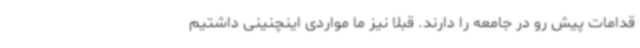
قدامات پیش رو در جامعه را دارند. قبلا نیز ما مواردی اینچنینی داشتیم